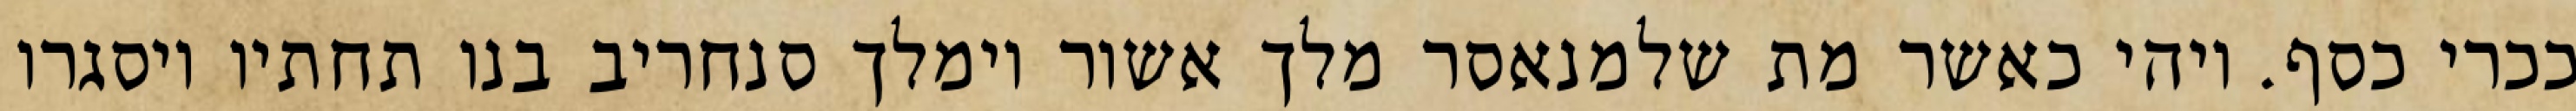
ככרי כסף. ויהי כאשר מת שלמנאסר מלך אשור וימלך סנחריב בנו תחתיו ויסגרו